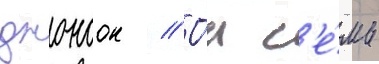
джонсон // О́н с'е́мь